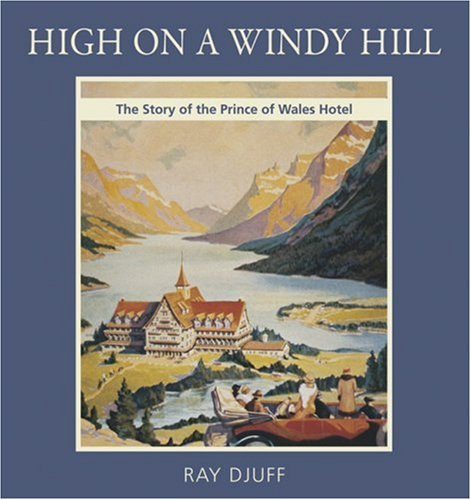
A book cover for High on a Windy Hill: the Story of the Prince of Wales Hotel; Ray Djuff; Travel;